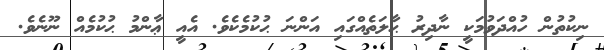
ނިކުތުން ހުއްދަވުމަކީ ނާދިރު ޙާލަތެއްގައި އަންނަ ޙުކުމެކެވެ. އެއީ ޢާންމު ޙުކުމެއް ނޫނެވެ.